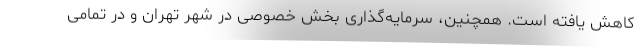
کاهش یافته است. همچنین، سرمایه‌گذاری بخش خصوصی در شهر تهران و در تمامی